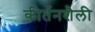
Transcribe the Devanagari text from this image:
कीर्तनशैली